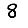
Digit: 8